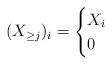
LaTeX: \begin{align*}(X_{\geq j})_i=\begin{cases}X_i & \\0 & \end{cases} \end{align*}